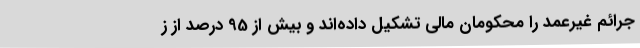
جرائم غیرعمد را محکومان مالی تشکیل داده‌اند و بیش از 95 درصد از ز